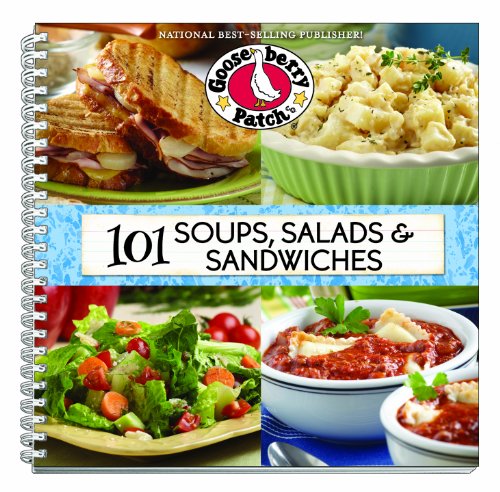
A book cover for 101 Soups, Salads & Sandwiches (101 Cookbook Collection); Gooseberry Patch; Cookbooks, Food & Wine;